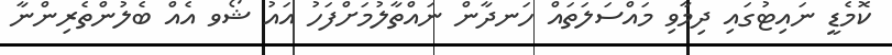
ކޮމެޑީ ނައިޓުގައި ދިމާވި މައްސަލަތައް ހަނދާން ނައްތާލުމަށްފަހު އައު ޝޯވ އެއް ބެލުންތެރިންނާ